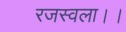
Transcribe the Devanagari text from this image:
रजस्वला।।